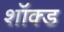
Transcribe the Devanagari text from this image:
शॉक्ड